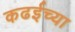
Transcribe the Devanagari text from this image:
कढईच्या